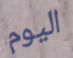
اليوم